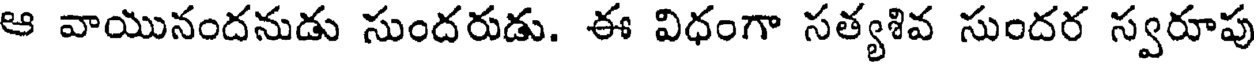
ఆ వాయునందనుడు సుందరుడు. ఈ విధంగా సత్యశివ సుందర స్వరూపు